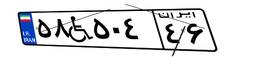
۵۸W۵۰۴۴۶